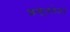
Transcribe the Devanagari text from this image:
शकुंतलेला